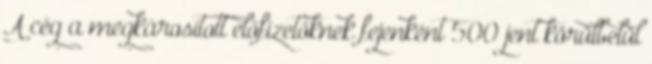
A cég a megkárosított előfizetőknek fejenként 500 jent körülbelül